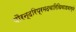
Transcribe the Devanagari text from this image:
पौरन्दरिप्रमदवारिधिवाडवाग्ने